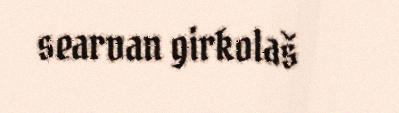
searvan girkolaš